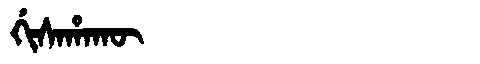
Manchu: ᡤᡳᠰᠠᡥᠠᡴᡡ
Romanization: GISAHAKŪ